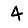
Digit: 4